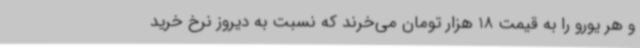
و هر یورو را به قیمت 18 هزار تومان می‌خرند که نسبت به دیروز نرخ خرید